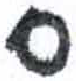
אות: ע